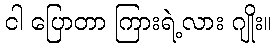
ငါ ပြောတာ ကြားရဲ့လား ဂျိုး။